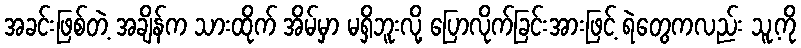
အခင်းဖြစ်တဲ့ အချိန်က သားထိုက် အိမ်မှာ မရှိဘူးလို့ ပြောလိုက်ခြင်းအားဖြင့် ရဲတွေကလည်း သူ့ကို